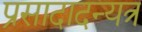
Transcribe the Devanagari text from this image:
प्रसादादन्यत्र